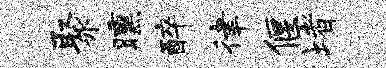
聚曛醉律偃堵